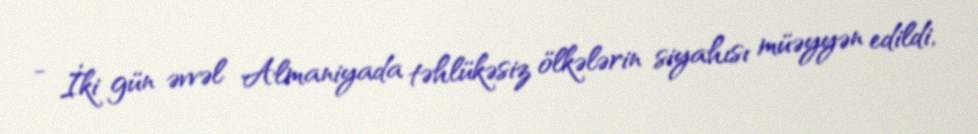
- İki gün əvvəl Almaniyada təhlükəsiz ölkələrin siyahısı müəyyən edildi,